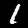
Label: 1